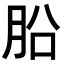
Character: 𣍬